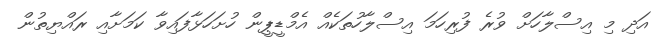
އަދި މި އިސްލާހަށް ވުރެ ފުރިހަމަ އިސްލާހުތަކެއް އެމްޑީޕީން ހުށަހަޅާފައިވާ ކަމަށާއި ރައްޔިތުން